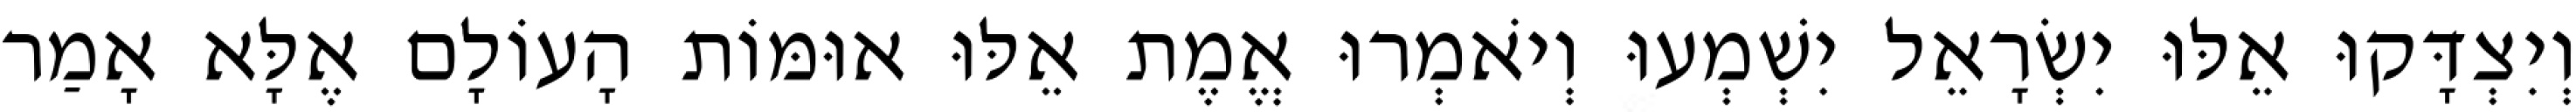
וְיִצְדָּקוּ אֵלּוּ יִשְׂרָאֵל יִשְׁמְעוּ וְיֹאמְרוּ אֱמֶת אֵלּוּ אוּמּוֹת הָעוֹלָם אֶלָּא אָמַר